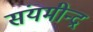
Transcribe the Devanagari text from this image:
संयमीन्द्र